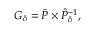
G _ { \delta } = \bar { P } \times \hat { P } _ { \delta } ^ { - 1 } ,